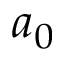
a _ { 0 }